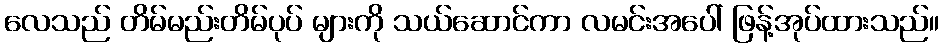
လေသည် တိမ်မည်းတိမ်ပုပ် များကို သယ်ဆောင်ကာ လမင်းအပေါ် ဖြန့်အုပ်ထားသည်။